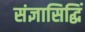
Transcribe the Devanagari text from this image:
संज्ञासिद्धिं